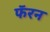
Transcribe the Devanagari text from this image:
फॅरन